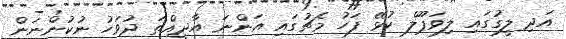
އަދި ލީގުގައި ލިވަޕޫލް ކުޅޭ ފަހު މެޗުގައި އަންނަ އާދީއްތަ ދުވަހު ނުކުންނަން